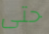
حتى